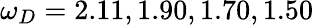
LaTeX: \omega_{D}=2.11,1.90,1.70,1.50